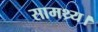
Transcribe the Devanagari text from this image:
सामथ्र्य।